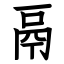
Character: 鬲